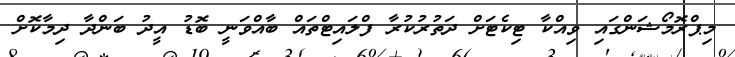
މިޕްރޮމޯޝަންގައި ވިއްކާ ޓިކެޓަށް ދަތުރުކުރާ ފްލައިޓްތައް ބާއްވަނީ ބޮޑު އީދު ބަންދާ ދިމާކޮށް